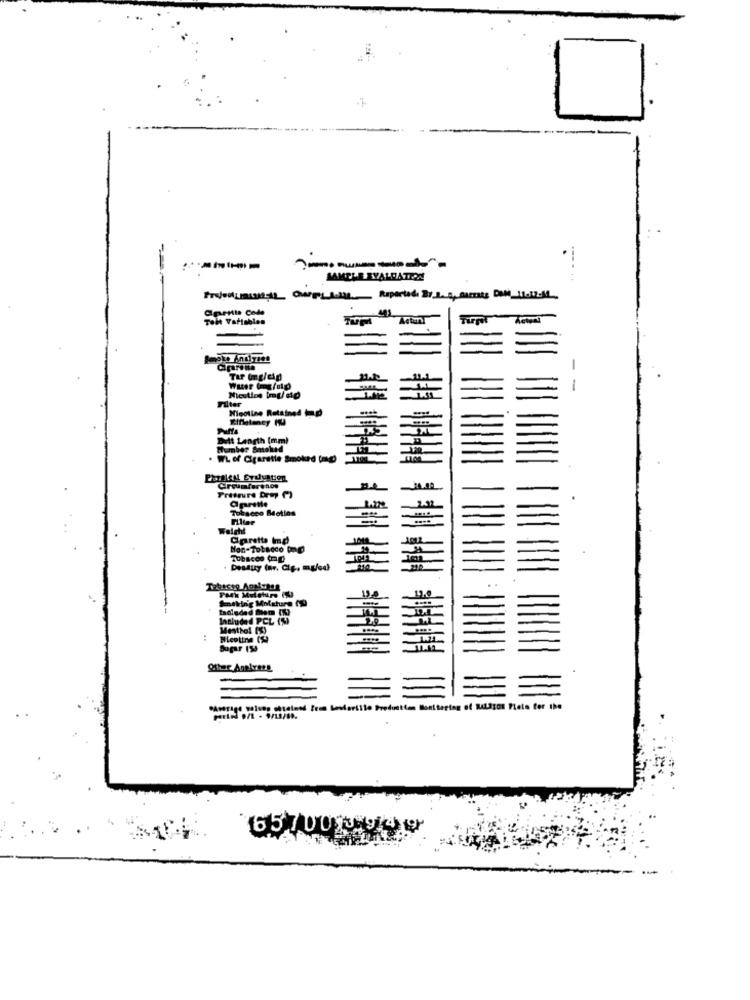
-
SAMPLE EVALUATION
apenis Cola
Teit Variablen
TUM
Actary
Actual
-
TIP (mg/eig
L.M1
-
Filter
Nicoline Retained in.p
Einlatency Hu
Ditt Length (mm)
Number Smoked
. WL of Cigarette Smoked (mg)
Tobacco Motlos
Filter
Weight
Caretta Imp
Non-Tobacco (g)
Tobacco (p
Dessuy (nr. Cig, mu/sd)
ekin'g Molature (19
Included PCL (S)
Mesthel [S)
Sogar 133
Other Agelyers
"Average palson chaland [ren Levlorillo Production Monitoring of RALSTON Pleto for the
65700 3949